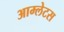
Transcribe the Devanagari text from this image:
आम्लेटस